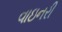
વાઇનરી